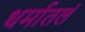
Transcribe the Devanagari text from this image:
धर्मातलं